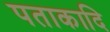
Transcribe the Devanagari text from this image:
पताकादि